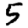
Digit: 5